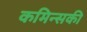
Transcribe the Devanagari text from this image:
कमिन्सकी